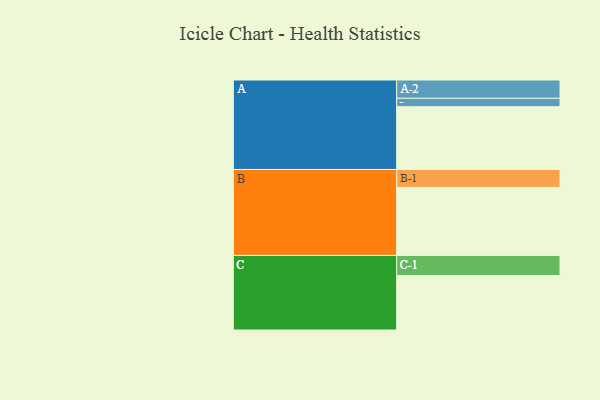
{"axis": {"x": "Segment", "y": "Value"}, "legend": ["", "A", "B", "C"], "data": [{"x": "A", "y": 552, "type": ""}, {"x": "B", "y": 598, "type": ""}, {"x": "C", "y": 479, "type": ""}, {"x": "A-1", "y": 74, "type": "A"}, {"x": "A-2", "y": 161, "type": "A"}, {"x": "B-1", "y": 158, "type": "B"}, {"x": "C-1", "y": 177, "type": "C"}]}